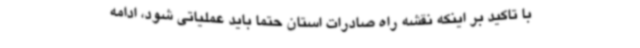
با تاکید بر اینکه نقشه راه صادرات استان حتما باید عملیاتی شود، ادامه